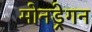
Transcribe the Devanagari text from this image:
मोनड्रेगन